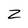
Character: Z